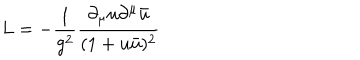
LaTeX: L = - { \frac { 1 } { g ^ { 2 } } } { \frac { \partial _ { \mu } u \partial ^ { \mu } \bar { u } } { ( 1 + u \bar { u } ) ^ { 2 } } }